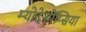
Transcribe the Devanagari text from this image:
म्योदेसोप्सिया